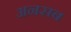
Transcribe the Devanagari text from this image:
अनसब